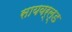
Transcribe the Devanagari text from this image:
सायवर्ल्ड